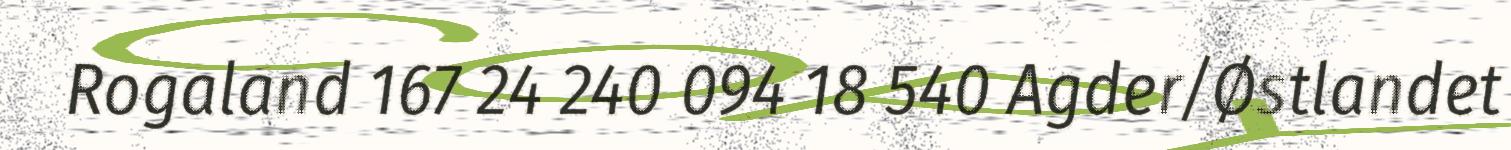
Rogaland 167 24 240 094 18 540 Agder/Østlandet